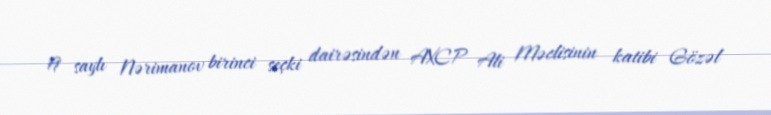
19 saylı Nərimanov birinci seçki dairəsindən AXCP Ali Məclisinin katibi Gözəl